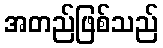
အတည်ဖြစ်သည်